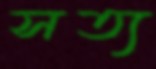
সত্য